Notes on the propagation and cultivation of the medicinal cinchonas, or Peruvian bark trees
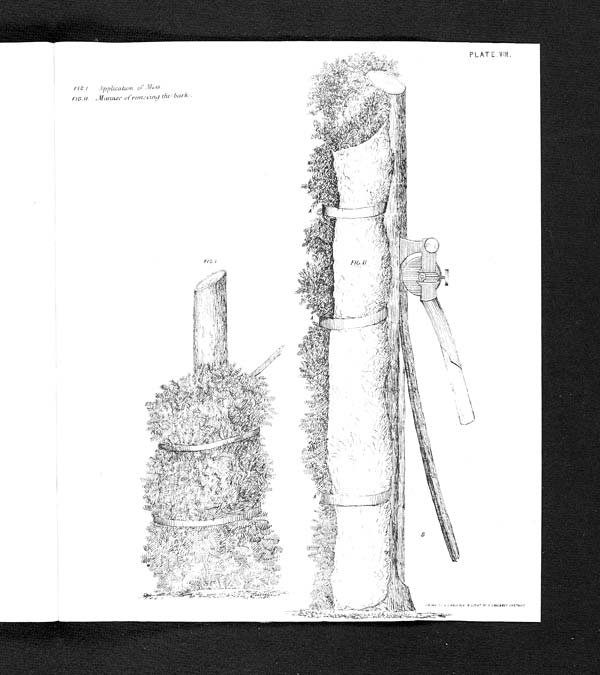
FIG.I.1Application of Moss.
Manner of removing the bark.